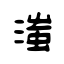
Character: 滍